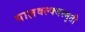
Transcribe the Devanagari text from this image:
याज्ञवल्क्यस्मृती